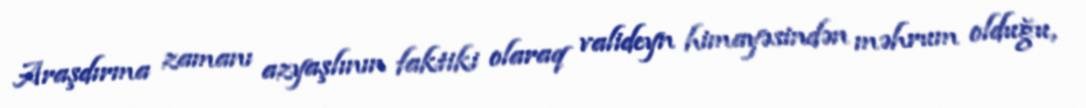
Araşdırma zamanı azyaşlının faktiki olaraq valideyn himayəsindən məhrum olduğu,